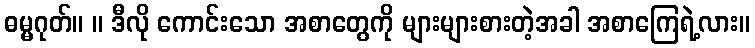
ဓမ္မဂုတ်။ ။ ဒီလို ကောင်းသော အစာတွေကို များများစားတဲ့အခါ အစာကြေရဲ့လား။